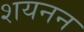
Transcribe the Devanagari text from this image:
शयनन